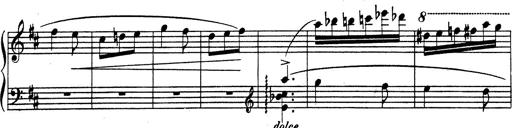
Title: Rhapsodie espagnole
Composer: Franz Liszt